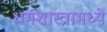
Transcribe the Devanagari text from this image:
धर्मशास्त्रामध्ये